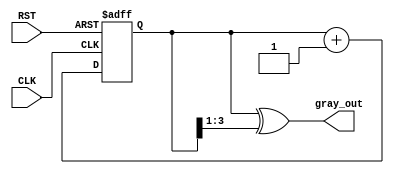
module gray_code_counter #(
    parameter N = 4  // Number of bits for the counter
)(
    input wire CLK,   // Clock signal
    input wire RST,   // Asynchronous reset signal
    output reg [N-1:0] gray_out // Output in Gray code format
);

    reg [N-1:0] binary_count; // Internal binary counter

    // Binary to Gray code conversion
    function [N-1:0] binary_to_gray;
        input [N-1:0] binary;
        begin
            binary_to_gray = binary ^ (binary >> 1);
        end
    endfunction

    // Asynchronous reset and counter logic
    always @(posedge CLK or posedge RST) begin
        if (RST) begin
            binary_count <= 0; // Reset binary count
        end else begin
            binary_count <= binary_count + 1; // Increment binary count
        end
    end

    // Convert binary count to Gray code
    always @(*) begin
        gray_out = binary_to_gray(binary_count);
    end

endmodule